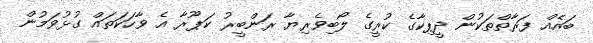
ބައެއް ފަރާތްތަކުން ދީޕިކާގެ ކުރީގެ ލޯބިވެރިޔާ ރަންބީރު ކަޕޫރާ އެ ވާހަކަތައް ގުޅުވަމުން